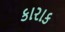
કારાક